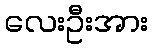
လေးဦးအား